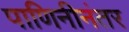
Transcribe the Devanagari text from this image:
पाणिनीनंतर